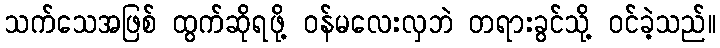
သက်သေအဖြစ် ထွက်ဆိုရဖို့ ဝန်မလေးလှဘဲ တရားခွင်သို့ ဝင်ခဲ့သည်။